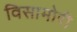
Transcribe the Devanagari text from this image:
विसामोरी